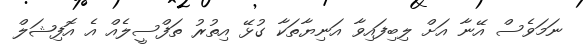
ނަމަވެސް އޭނާ އަށް ލިބިފައިވާ އަނިޔާތަކާ ގުޅޭ އިތުރު ތަފްސީލެއް އެ އޮފިޝަލް